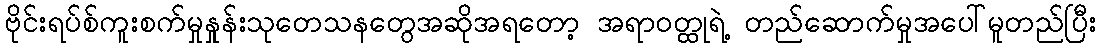
ဗိုင်းရပ်စ်ကူးစက်မှုနှုန်းသုတေသနတွေအဆိုအရတော့ အရာဝတ္ထုရဲ့ တည်ဆောက်မှုအပေါ်မူတည်ပြီး